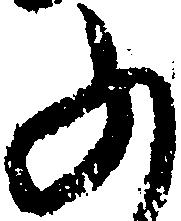
ふ